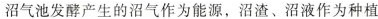
沼气池发酵产生的沼气作为能源，沼渣、沼液作为种植